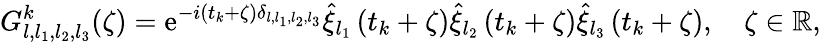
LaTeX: {G}_{l,l_{1},l_{2},l_{3}}^{k}(\zeta)=\textrm{e}^{-i(t_{k}+\zeta)\delta_{l,l_{1},l_{2},l_{3}}}\widehat{\xi}_{l_{1}}\left(t_{k}+\zeta\right)\widehat{\xi}_{l_{2}}\left(t_{k}+\zeta\right)\widehat{\xi}_{l_{3}}\left(t_{k}+\zeta\right),\quad\zeta\in\mathbb{R},